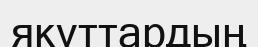
якуттардың